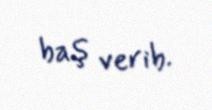
baş verib.